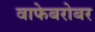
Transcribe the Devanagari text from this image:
वाफेबरोबर